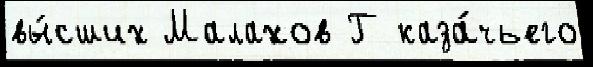
вы́сших Малахов Г каза́чьего